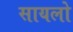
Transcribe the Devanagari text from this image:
सायलो